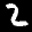
Label: 2